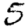
Digit: 5